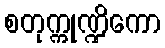
စတုက္ကုဏ္ဍိကော